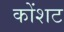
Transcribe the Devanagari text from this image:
कोंशट